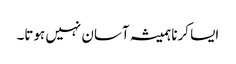
‏ ایسا کرنا ہمیشہ آسان نہیں ہوتا۔